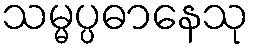
သမ္မပ္ပဓာနေသု